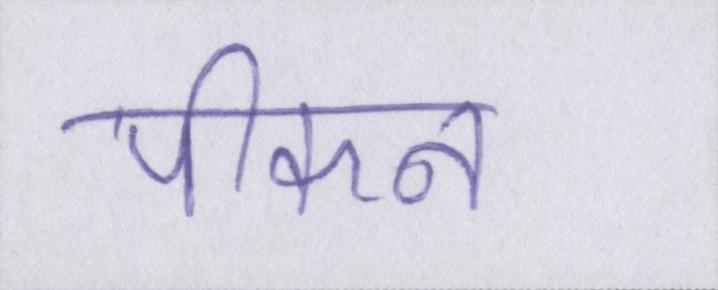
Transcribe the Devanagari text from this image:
पीकन